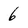
Character: 6